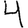
Digit: 4